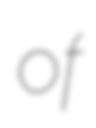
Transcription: of